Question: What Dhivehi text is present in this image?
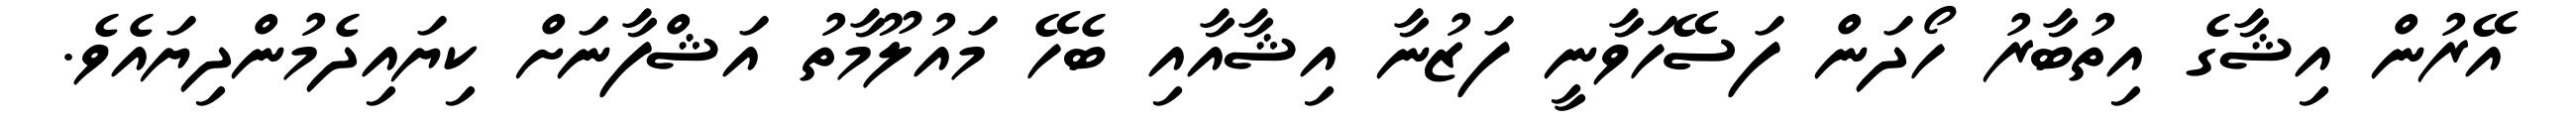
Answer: އޭރުން އިޝާގެ އިތުބާރު ހޯދަން ފަސޭހަވާނީ ފަޒުނާ އިޝާއާއި ބެހޭ މައުލޫމާތު އަޝްފާނަށް ކިޔައިދެމުންދިޔައެވެ.